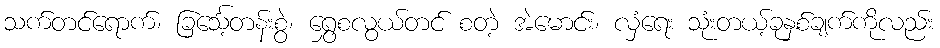
သက်တင်ရောက်၊ ခြင်္သေ့တန်းစွဲ၊ ရွှေစလွယ်တင် စတဲ့ အဲမောင်း၊ လှံရေး သုံးတယ့်ခုနှစ်ချက်ကိုလည်း